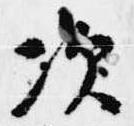
次